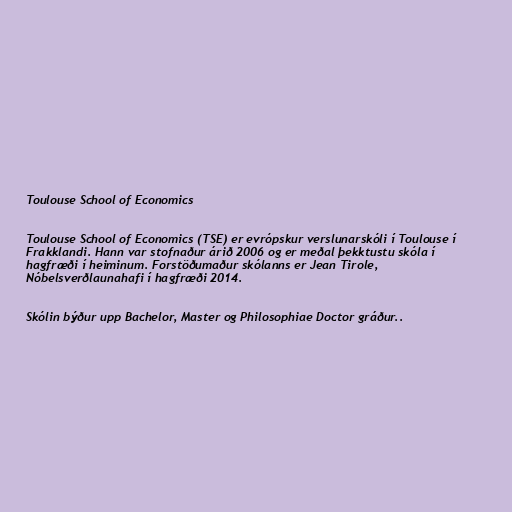
Toulouse School of Economics

Toulouse School of Economics (TSE) er evrópskur verslunarskóli í Toulouse í
Frakklandi. Hann var stofnaður árið 2006 og er meðal þekktustu skóla í
hagfræði í heiminum. Forstöðumaður skólanns er Jean Tirole,
Nóbelsverðlaunahafi í hagfræði 2014.

Skólin býður upp Bachelor, Master og Philosophiae Doctor gráður..